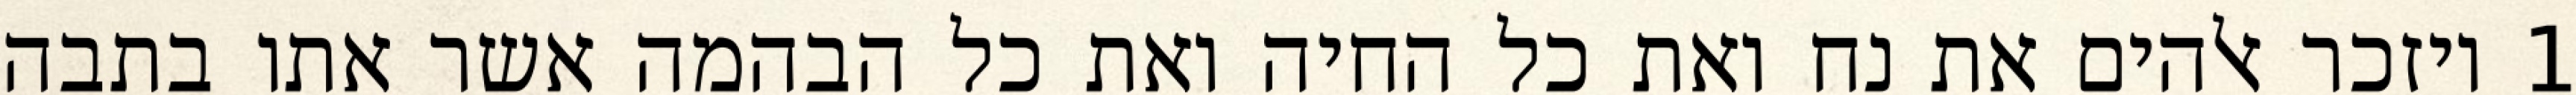
1 ויזכר אלהים את נח ואת כל החיה ואת כל הבהמה אשר אתו בתבה